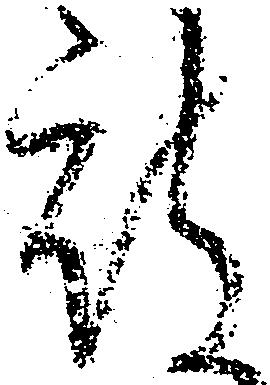
被